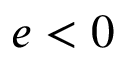
e < 0